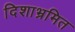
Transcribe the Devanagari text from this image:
दिशाभ्रमित